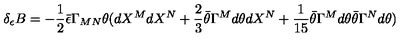
\delta _ { \epsilon } B = - { \frac { 1 } { 2 } } \bar { \epsilon } \Gamma _ { M N } \theta ( d X ^ { M } d X ^ { N } + { \frac { 2 } { 3 } } \bar { \theta } \Gamma ^ { M } d \theta d X ^ { N } + { \frac { 1 } { 1 5 } } \bar { \theta } \Gamma ^ { M } d \theta \bar { \theta } \Gamma ^ { N } d \theta )